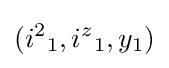
({i^{2}}_{1},{i^{z}}_{1},y_{1})